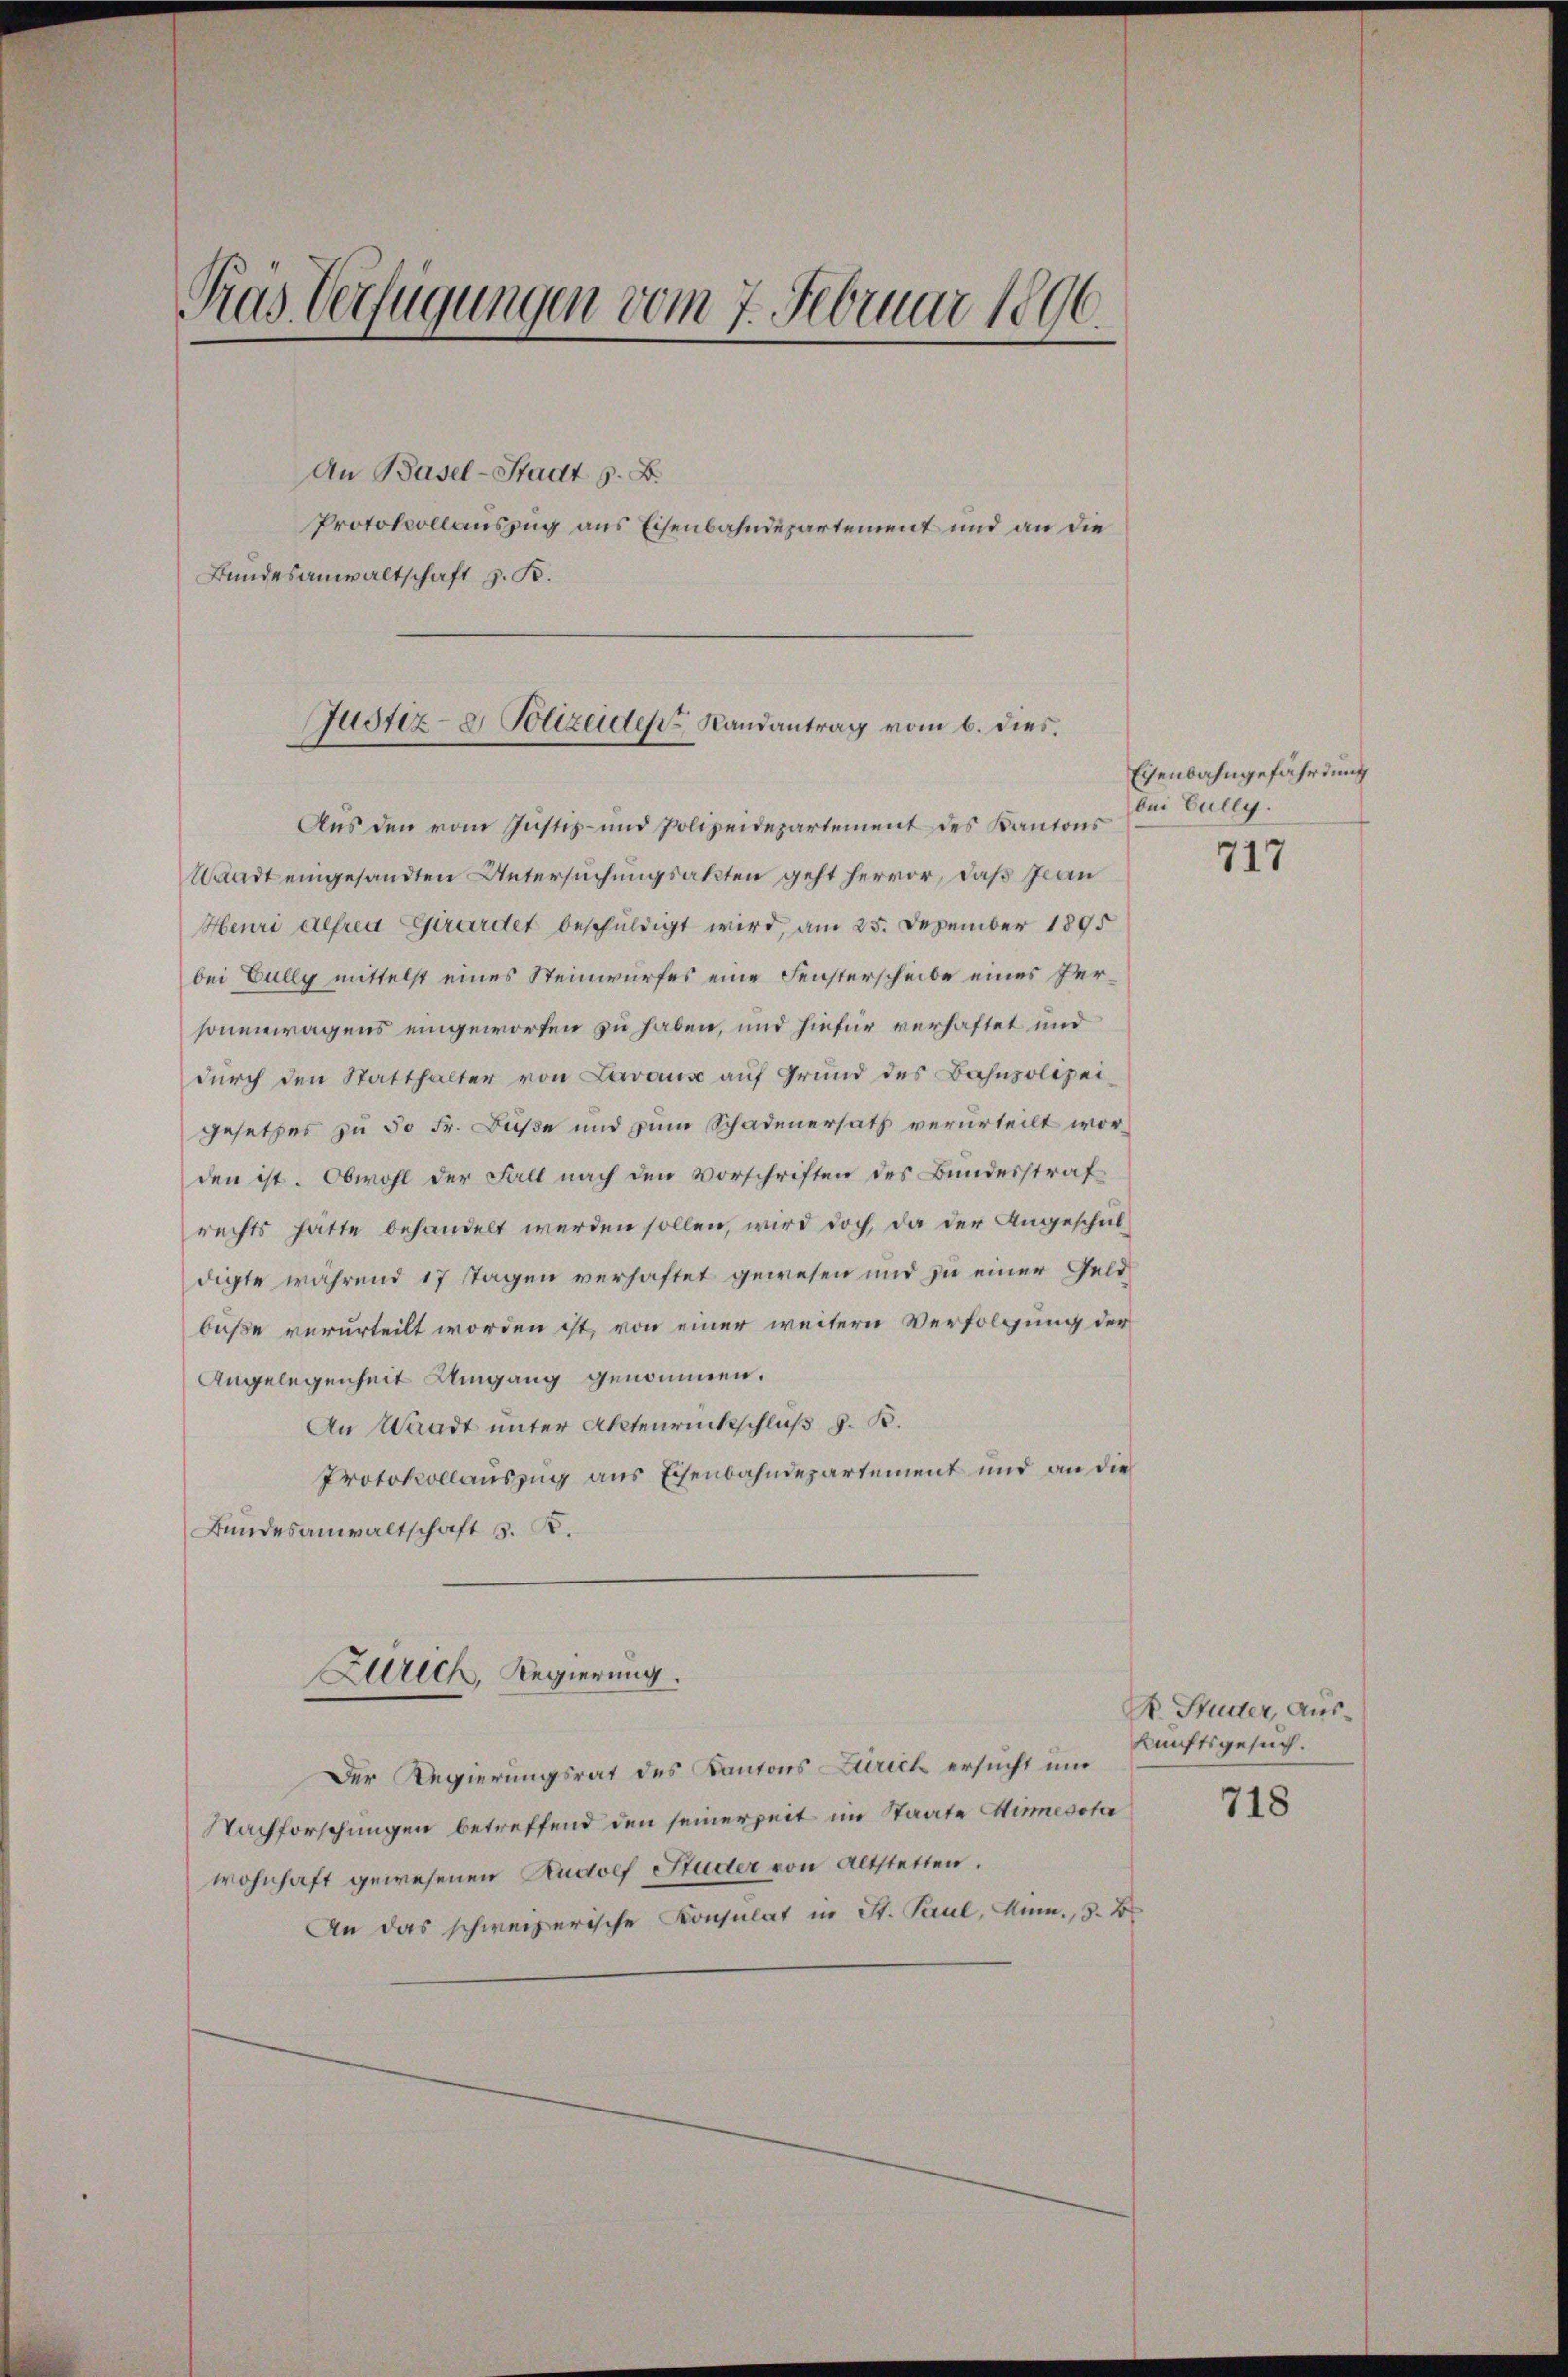
Pras Verfügungen vom 7. Februar 1896.

An Basel-Stadt z. B.
Protokollauszug aus Eisenbahndepartement und an die
Bundesanwaltschaft z. B.

Justiz- & Polizeide Landantrag vom 6. dies

Aus den vom Justiz- und Polizeidepartement des Kantons
Waadt eingesandten Untersuchungsakten geht hervor, daß Jean
Henri gefren Girardet beschuldigt wird, am 25. Dezember 1895
bei Fully mittelst eines Steinwurfes eine Fensterscheibe eines Versonenwagens eingeworfen zu haben, und hiefür verhaftet und
durch den Statthalter von Lavaus auf Grund des Bahnpolizeigesetzes zu 50 Fr. Buße und zum Schadenersatz verurteilt worden ist. Obwohl der Fall nach den Vorschriften des Bundesstraf
rechts hätte behandelt werden sollen, wird doch, da der Angeschuldigte während 17 Tagen verhaftet gewesen und zu einer Geldbuße verurteilt worden ist, von einer weitern Verfolgung der
Angelegenheit Umgang genommen.
An Waadt unter Aktenrückschluß d. B.
Protokollauszug aus Eisenbahndepartement und an die
Bundesanwaltschaft S. K.
Zürich, Regierung.
Der Regierungsrat des Kantons Zürich ersucht und
Nachforschungen betreffend den seinerzeit im Staate Sumesota
wohnhaft gewesenen Rudolf Studer von Altstetten.
An das schweizerische Konsulat in St. Paul, Anm. 3. B.

Eisenbahngefährdung
bei Euley.

717

K. Studer, Auskunftsgesuch.

718